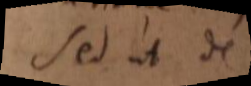
Sed ut de